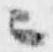
ニ